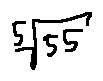
\sqrt [ 5 ] { 5 5 }